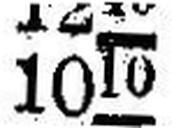
1010